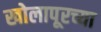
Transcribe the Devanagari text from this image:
खोलापूरच्या